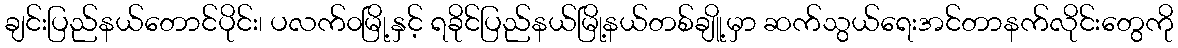
ချင်းပြည်နယ်တောင်ပိုင်း၊ ပလက်၀မြို့နှင့် ရခိုင်ပြည်နယ်မြို့နယ်တစ်ချိူ့မှာ ဆက်သွယ်ရေးအင်တာနက်လိုင်းတွေကို